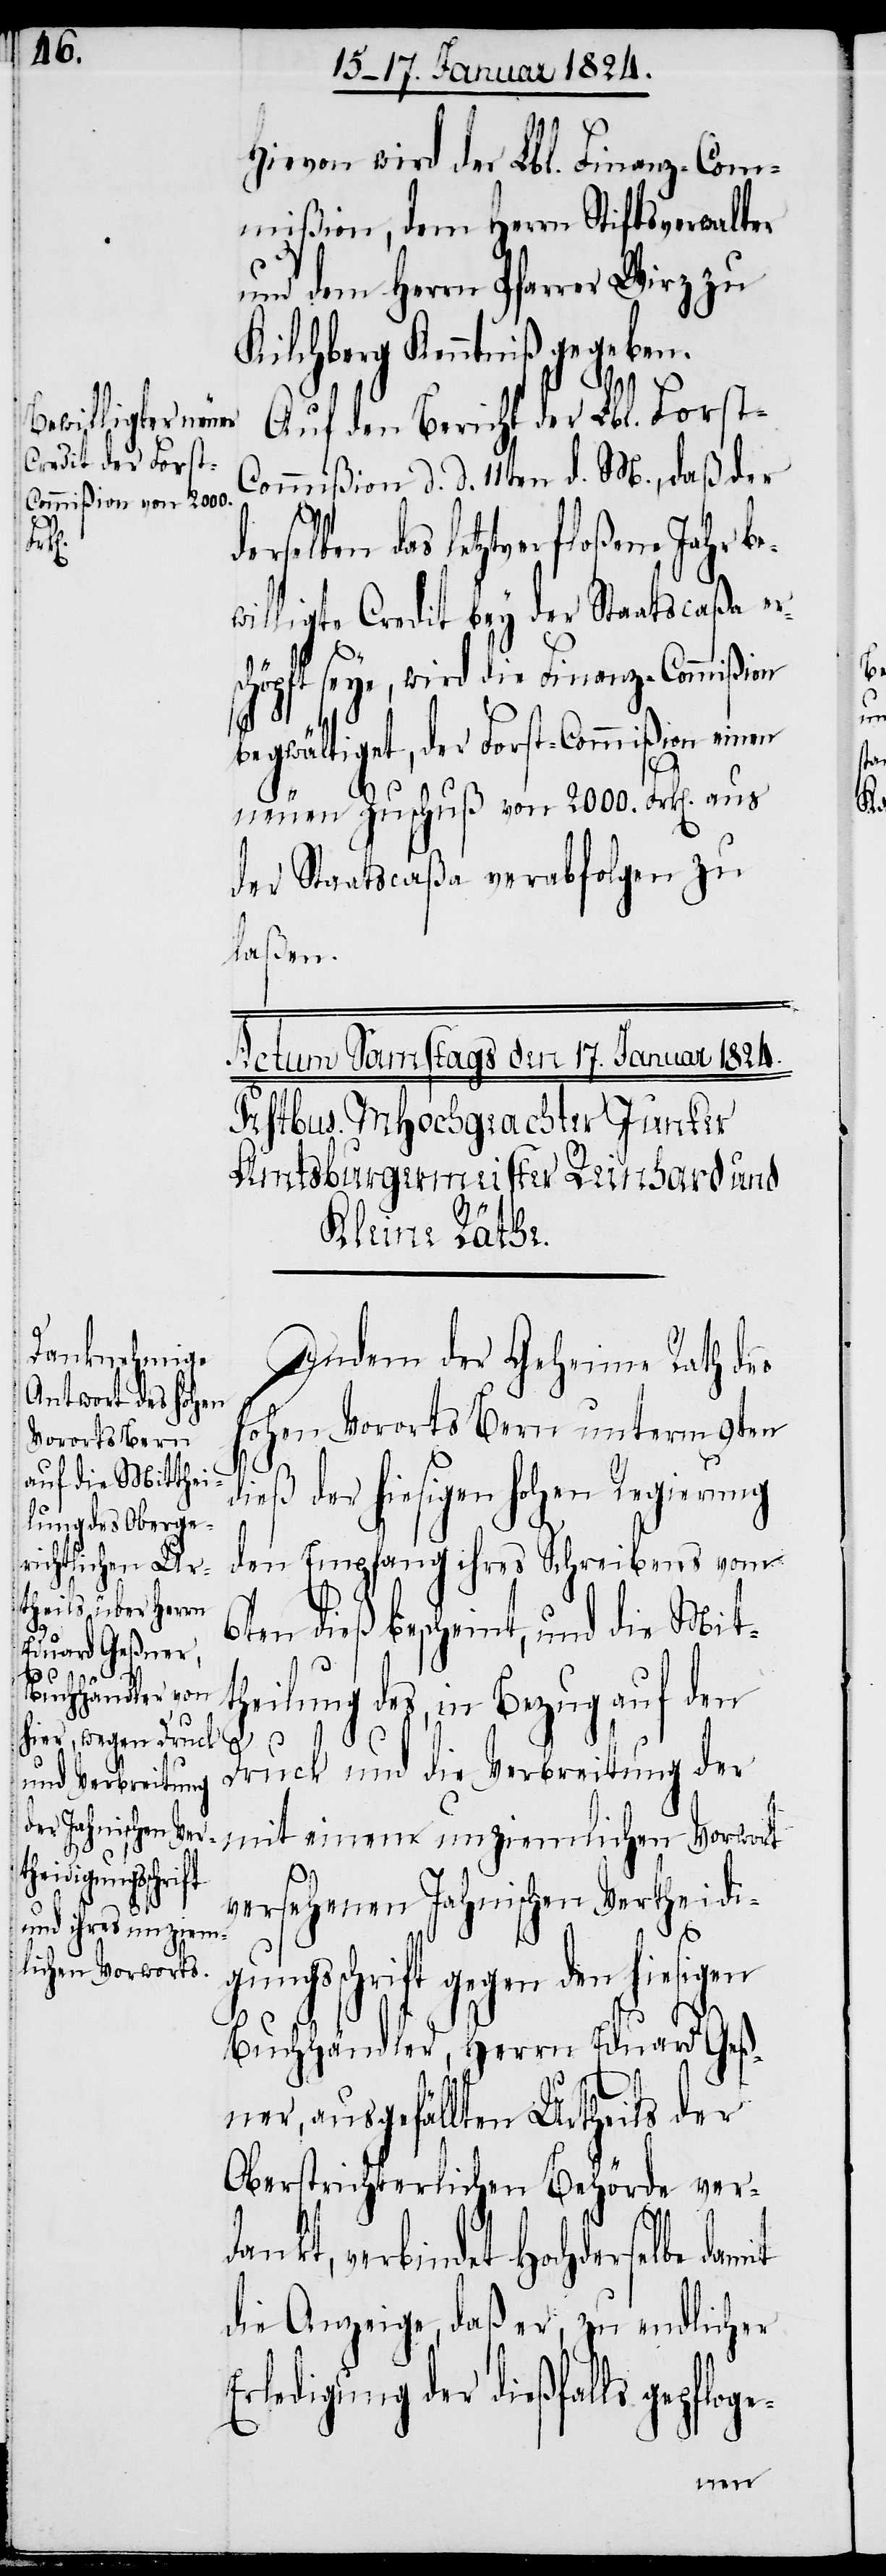
Hievon wird der Lbl. Finanz-Com¬
mißion, dem Herrn Stiftsverwalter
und dem Herrn Pfarrer Wirz zu
Kilchberg Kenntniß gegeben.
it
Auf den Bericht der Lbl. Forst-C¬
ommißion d. d. 11ten d. M., daß der
e¬
elben das letztverfloßene Jahr b¬
willigte Credit bey der Staatscaßa er¬
schöpft seye, wird die Finanz-Commißion
begwältigt, der Forst-Commißion einen
neuen Zuschuß von 2000. Frk[en]. aus
der Staatscaßa verabfolgen zu
laßen.
Indem der Geheime Rath des
hohen Vororts Bern unterm 9ten
dieß der hiesigen hohen Regierung
den Empfang ihres Schreibens vom
6ten dieß bescheint, und die Mit¬
theilung des, in Bezug auf den
Druck und die Verbreitung der
einem unziem¬
versehenen Jahnischen Vertheidi¬
lichen Vorwort
gungsschrift gegen den hiesigen
Buchhändler, Herrn Eduard Geß¬
ner, ausgefällten Urtheils der
Oberstrichterlichen Behörde verd¬
ankt, verbindet Hochderselbe dam¬
die Anzeige, daß er, zu endlicher
Erledigung der dießfalls gepfloge-